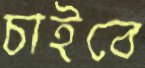
চাইবে